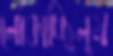
লোকাচ্ছিলুম